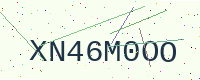
Text: XN46M0OO